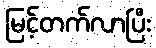
မြင့်တက်လာပြီး